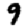
Digit: 9